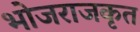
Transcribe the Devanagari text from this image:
भोजराजकृत